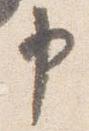
申